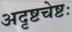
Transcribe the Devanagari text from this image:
अदृष्टचेष्टः